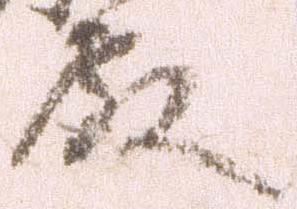
殿